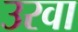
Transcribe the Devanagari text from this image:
उरवा